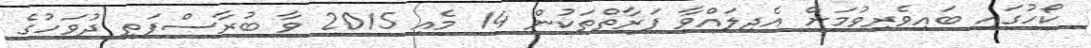
ކޯހުގައި ބައިވެރިވުމަށް އެދިލައްވާ ފަރާތްތަކުން 14 މެއި 2015 ވާ ބުރާސްފަތި ދުވަހުގެ